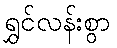
ရွှင်လန်းစွာ